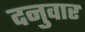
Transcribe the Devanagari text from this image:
दनुवार